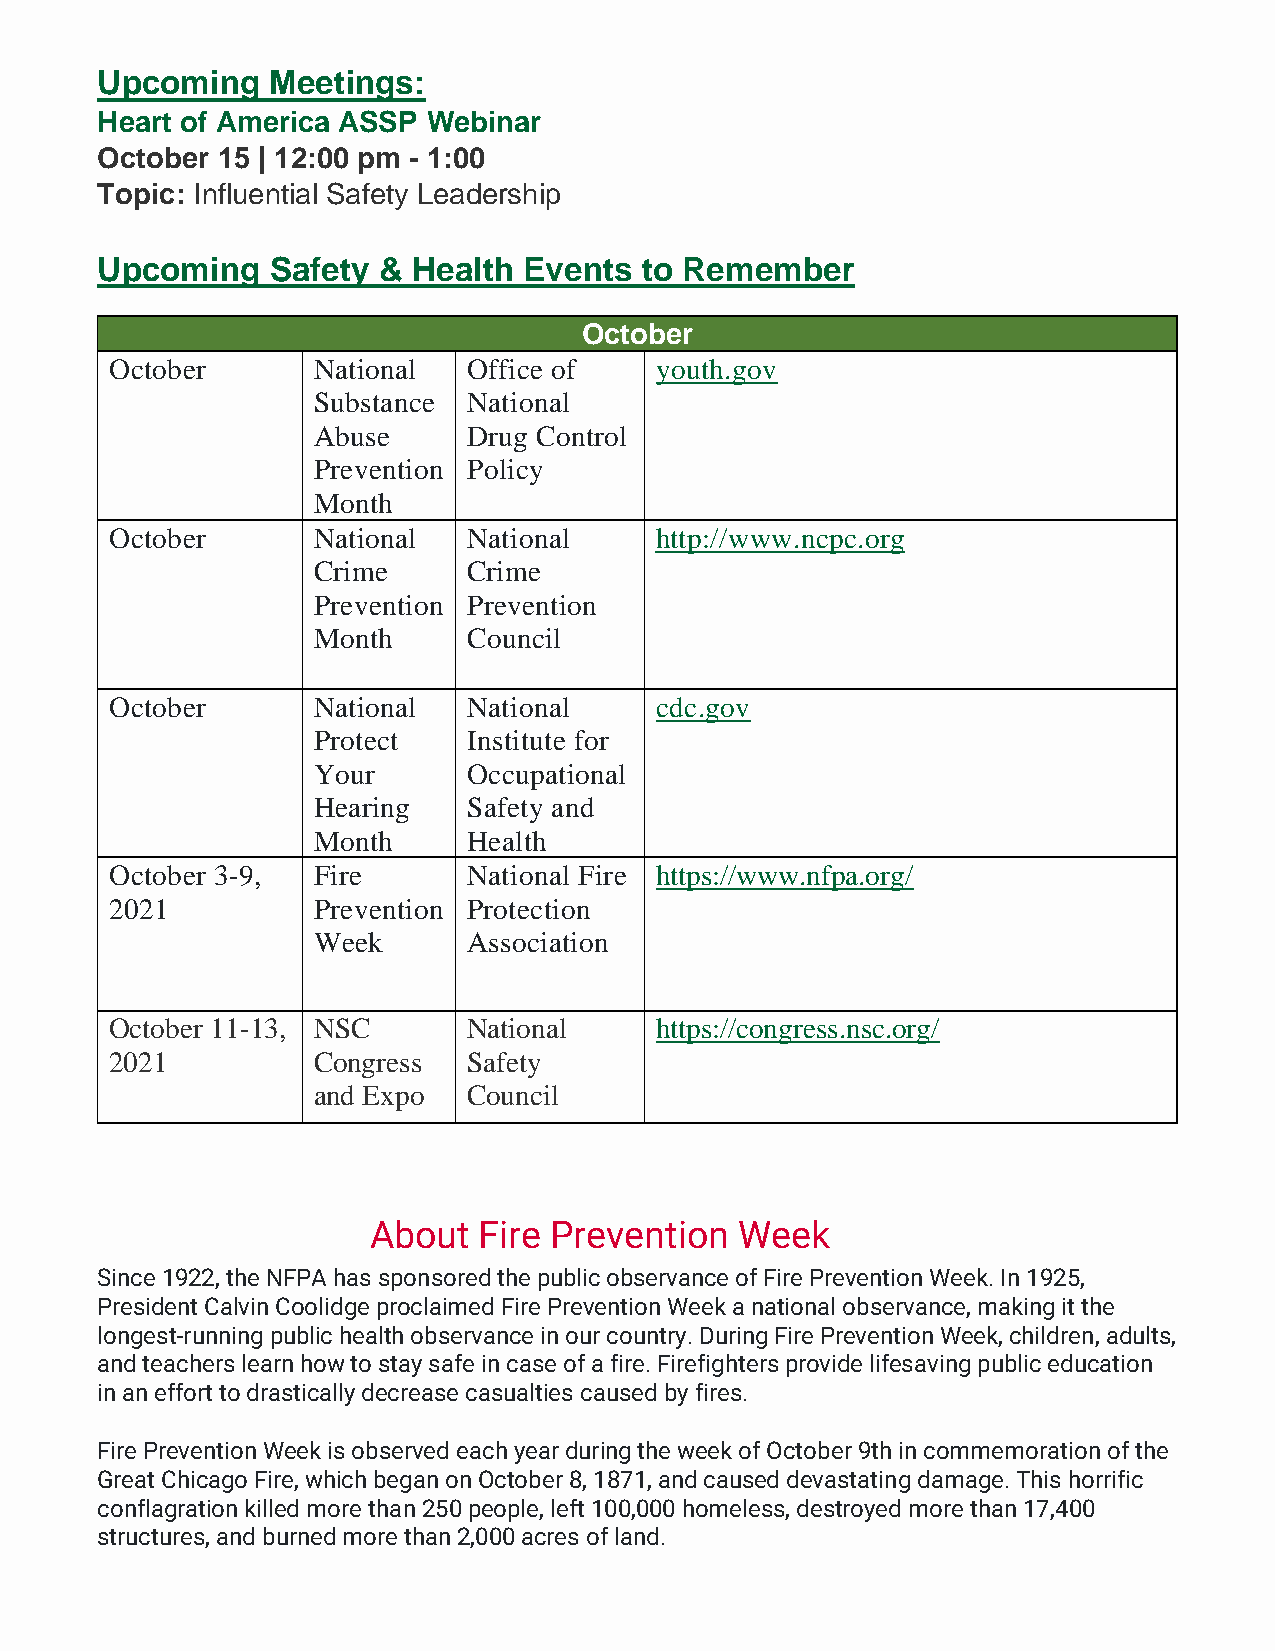
Upcoming    Meetings:
 Heart of America ASSP Webinar
 October 15 | 12:00 pm - 1:00
 Topic: Influential Safety Leadership
 Upcoming    Safety & Health  Events to Remember
 October
 October       National  Office of   youth.gov
 Substance National
 Abuse     Drug Control
 Prevention Policy
 Month
 October       National  National    http://www.ncpc.org
 Crime     Crime
 Prevention Prevention
 Month     Council
 October       National  National    cdc.gov
 Protect   Institute for
 Your      Occupational
 Hearing   Safety and
 Month     Health
 October 3-9,  Fire      National Fire https://www.nfpa.org/
 2021          Prevention Protection
 Week      Association
 October 11-13, NSC      National    https://congress.nsc.org/
 2021          Congress  Safety
 and Expo  Council
 About   Fire Prevention  Week
 Since 1922, the NFPA has sponsored the public observance of Fire Prevention Week. In 1925,
 President Calvin Coolidge proclaimed Fire Prevention Week a national observance, making it the
 longest-running public health observance in our country. During Fire Prevention Week, children, adults,
 and teachers learn how to stay safe in case of a fire. Firefighters provide lifesaving public education
 in an effort to drastically decrease casualties caused by fires.
 Fire Prevention Week is observed each year during the week of October 9th in commemoration of the
 Great Chicago Fire, which began on October 8, 1871, and caused devastating damage. This horrific
 conflagration killed more than 250 people, left 100,000 homeless, destroyed more than 17,400
 structures, and burned more than 2,000 acres of land.